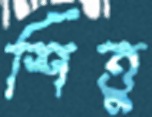
শিত্তু